Indian Civil Veterinary Department memoirs
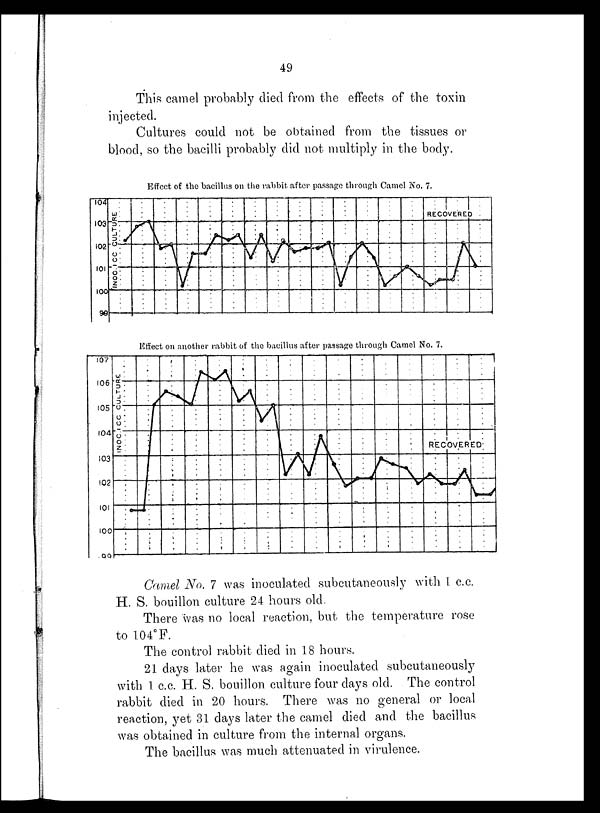
49
This camel probably died from the effects of the toxin
injected.
Cultures could not be obtained from the tissues or
blood, so the bacilli probably did not multiply in the body.
Camel No. 7 was inoculated subcutaneously with 1 c.c.
H. S. bouillon culture 24 hours old.
There was no local reaction, but the temperature rose
to 104°F.
The control rabbit died in 18 hours.
21 days later he was again inoculated subcutaneously
with 1 c.c. H. S. bouillon culture four days old. The control
rabbit died in 20 hours. There was no general or local
reaction, yet 31 days later the camel died and the bacillus
was obtained in culture from the internal organs.
The bacillus was much attenuated in virulence.